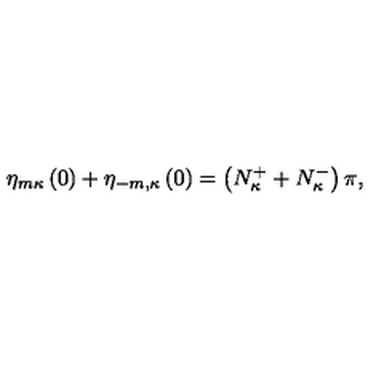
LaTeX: \eta _ { m \kappa } \left( 0 \right) + \eta _ { - m , \kappa } \left( 0 \right) = \left( N _ { \kappa } ^ { + } + N _ { \kappa } ^ { - } \right) \pi ,